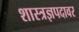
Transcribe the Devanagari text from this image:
शास्त्रज्ञपदावर